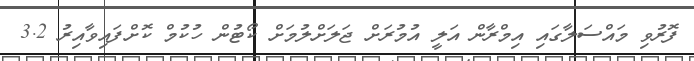
ފޮރުވި މައްސަލާގައި އިމްރާން އަލީ އުމުރަށް ޖަލަށްލުމަށް ކޯޓުން ހުކުމް ކޮށްފައިވާއިރު 3.2